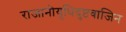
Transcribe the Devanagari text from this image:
राजानोयुधिदुष्टवाजिन